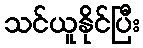
သင်ယူနိုင်ပြီး